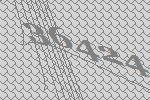
36424